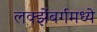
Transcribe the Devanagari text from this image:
लक्झेंबर्गमध्ये